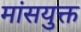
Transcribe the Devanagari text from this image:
मांसयुक्त